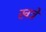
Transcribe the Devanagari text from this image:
खत्रे